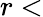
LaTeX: r<